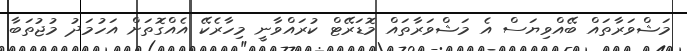
މަޝްވަރާތައް ބޭއްވިޔަސް އެ މަޝްވަރާތައް މޮޑަރޭޓް ކުރައްވާނީ މިހާރެކޭ އެއްގޮތަށް އަހުމަދު މުޖުތަބާ